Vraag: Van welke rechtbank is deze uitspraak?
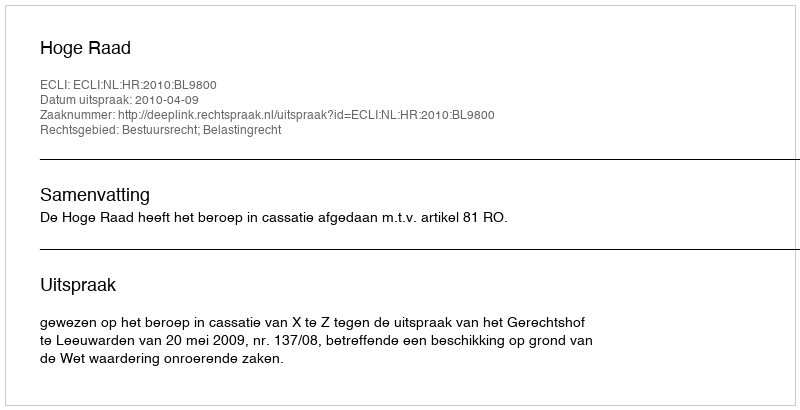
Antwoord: Hoge Raad